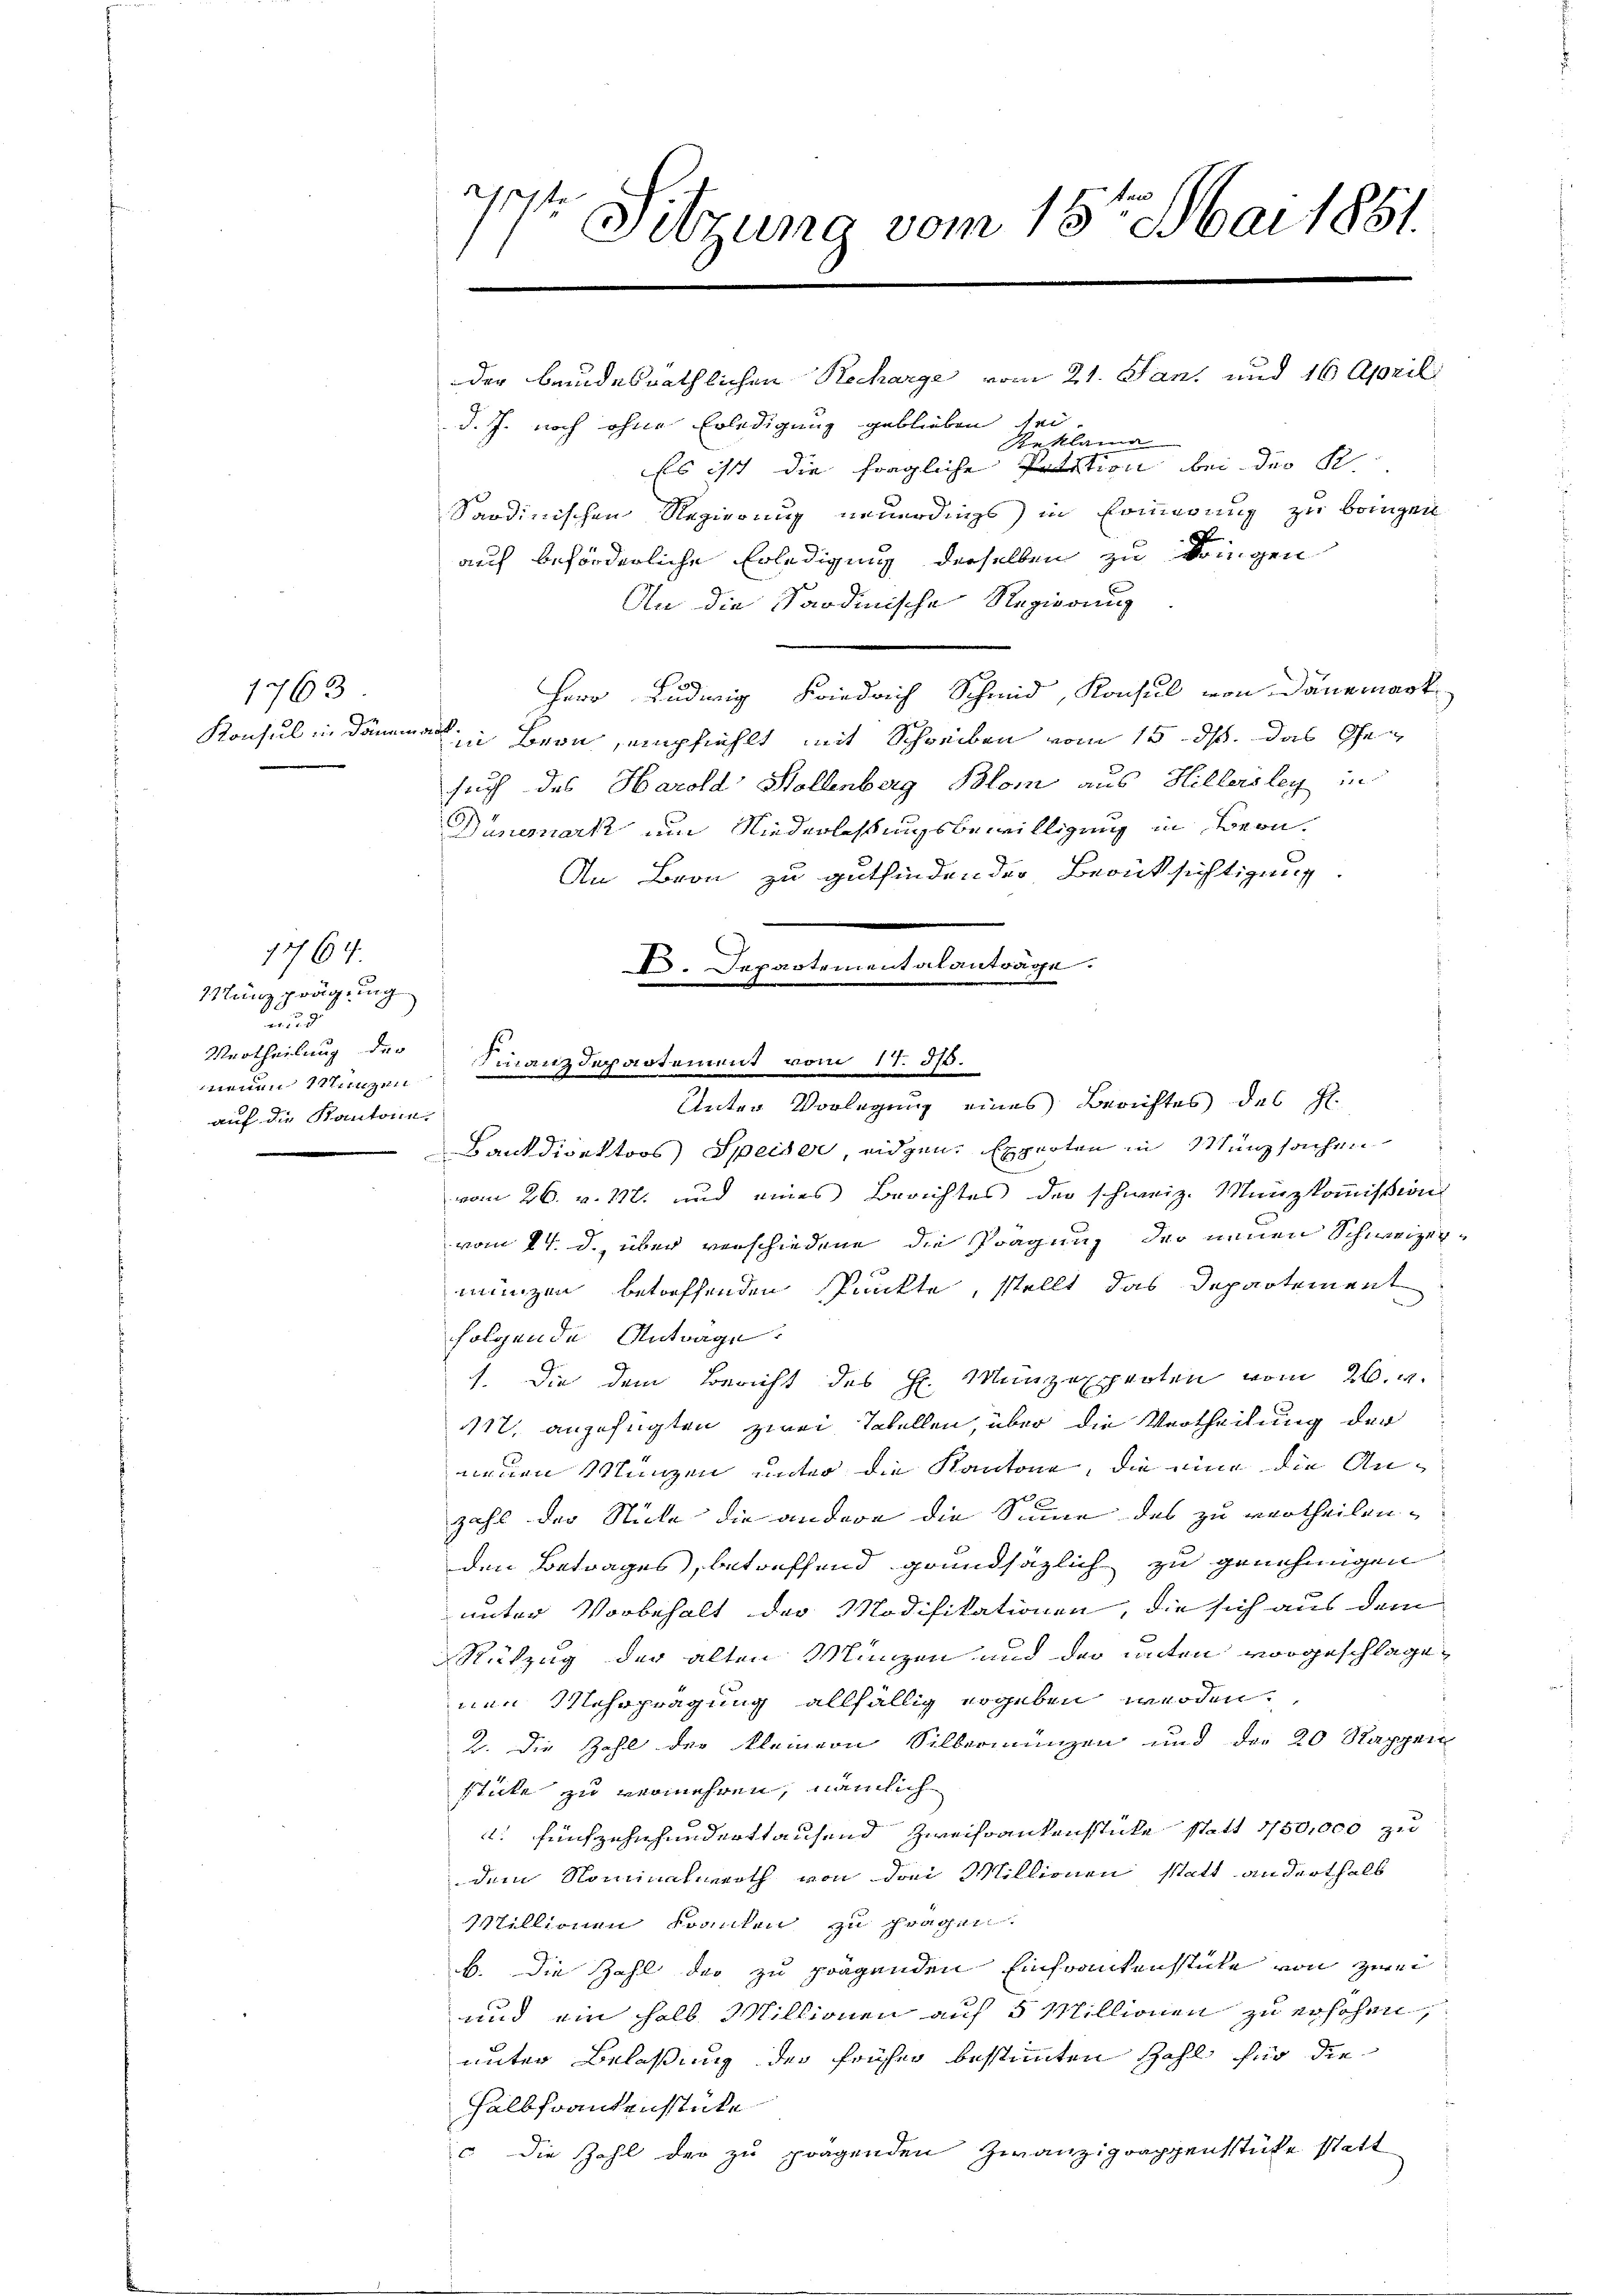
1763

1764.
anzprägung
d
Uurtheilung der
mnen ungen
auf die Kantone.
.

s
t Sitzung vom 15ten Mai 1851.

Finanzdepartement vom 17. ds.

der beindesräthlichen Recharge vom 21. Jan. und 16 April

d. J. noch ohne Erledigung geblieben sei
Reklami
Es ist die fragliche Petition bei der K.
Sardinischen Regierung neuerdings in Erinnerung zu bringen
d
auf beförderliche Erledigung derselben zu bringen
An die Sardinische Regierung
Herr Ludwig Friedrich Schmid, Konsul von Dauerart
Konsul in Dämme in Bern, empfiehlt mit Schreiben vom 15. ds. das Gesuch des Harold Stollenberg Blom aus Hillersley in
Dunemark um Niederlesungsbewilligung in Bern¬
An Bron zu gutfinden der Berücksichtigung.
Unter Vorlegung eines Berichtes des Hl.
4
Bankdirektors Speiser, eidgen. Experten in Münzsachen
vom 26. v. 117. und eines Berichtes der schweiz. Münzkommißion
vom 14. d. über verschiedene die Prägung der neuen Schweizer
münzen betreffenden Punkte, stellt das Departement
folgende Antrage.
1. Die dem Bericht des H. Münzexperten vom 26. v.
112. angefügten zwei Tabellen, über die Vertheilung der
neuen Manzen unter die Kantone, die eine die Anzahl der Stücke die andere die Sinne des zu vertheilen.
den Betrages, betreffend grundsäzlich zu genehmigen
unter Vorbehalt der Modifikationen, die sich aus dem
Rükzug der alten Münzen und der unten vorgeschlagenen Mehrprägung allfällig ergeben werden.
2. Die Zahl der Kleinern Silbermungen und der 20 Rappen
stücke zu vermehren, nämlich
: fünfzehnhunderthausend Zweifrankenstücke statt 150,000 zu
dem Nominalurth von drei Millionen statt anderthalb
Millionen Franken zu fragen.
b. Die Zahl der zu prägenden Einfrankenstücke von zwei¬
1
und ein halb Millionen auf 5 Millionen zu erhöhen,
unter Belassung der früher bestimmten Zahl für die
Halbfrankenstücke
c die Zahl der zu prägenden Zwanzigraphensstücke statt

B. Departementalanträge.
e